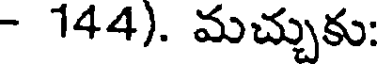
- 144). మచ్చుకు: